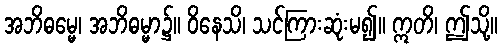
အဘိဓမ္မေ၊ အဘိဓမ္မာ၌။ ဝိနေသိ၊ သင်ကြားဆုံးမ၍။ ဣတိ၊ ဤသို့။